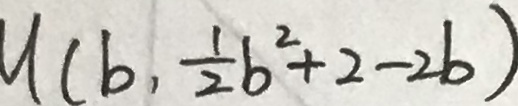
u ( b , \frac { 1 } { 2 } b ^ { 2 } + 2 - 2 b )